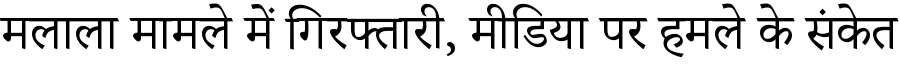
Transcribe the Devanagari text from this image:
मलाला मामले में गिरफ्तारी, मीडिया पर हमले के संकेत